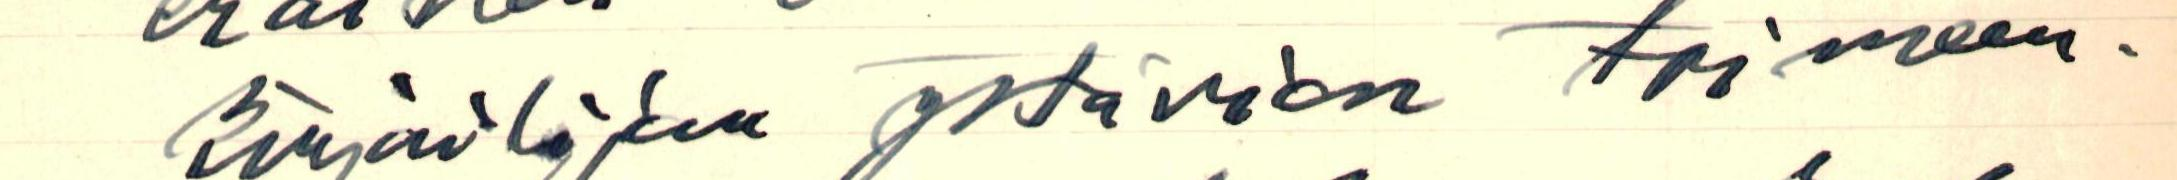
kirjailijan ystävien toimeen-